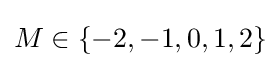
M\in \{-2,-1,0,1,2\}